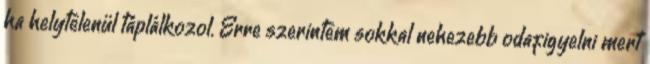
ha helytelenül táplálkozol. Erre szerintem sokkal nehezebb odafigyelni mert